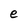
Character: e